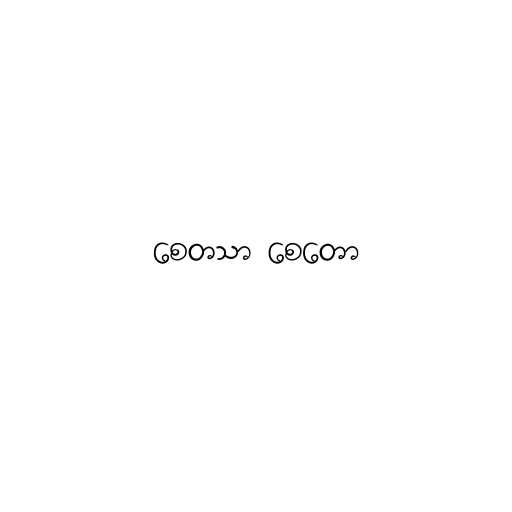
စေတသာ စေတော